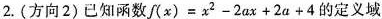
2.(方向2)已知函数$$f( x ) = x ^ { 2 } - 2